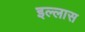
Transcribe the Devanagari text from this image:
इल्लास